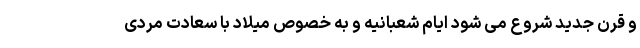
و قرن جدید شروع می شود ایام شعبانیه و به خصوص میلاد با سعادت مردی